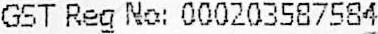
GST REG NO: 000203587584